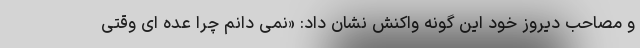
و مصاحب دیروز خود این گونه واکنش نشان داد: «نمی دانم چرا عده ای وقتی